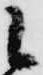
候